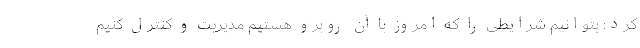
کرد: بتوانیم شرایطی را که امروز با آن روبرو هستیم مدیریت و کنترل کنیم